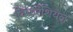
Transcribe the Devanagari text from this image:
दिफरेंशियल